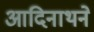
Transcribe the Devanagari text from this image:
आदिनाथने